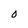
Character: O